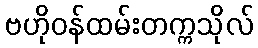
ဗဟိုဝန်ထမ်းတက္ကသိုလ်